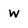
Character: w